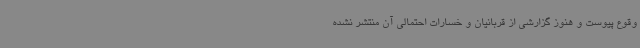
وقوع پیوست و هنوز گزارشی از قربانیان و خسارات احتمالی آن منتشر نشده